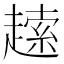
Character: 䞽